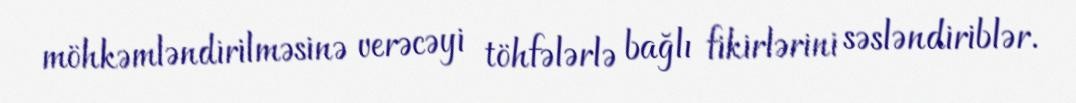
möhkəmləndirilməsinə verəcəyi töhfələrlə bağlı fikirlərini səsləndiriblər.